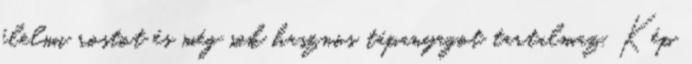
élelmi rostot és még sok hasznos tápanyagot tartalmaz. Kép